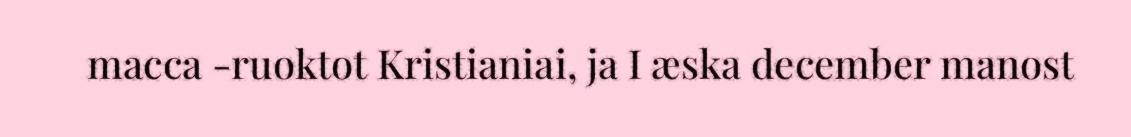
macca -ruoktot Kristianiai, ja I æska december manost